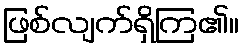
ဖြစ်လျက်ရှိကြ၏။